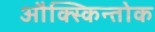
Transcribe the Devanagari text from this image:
औक्स्किन्तोक